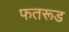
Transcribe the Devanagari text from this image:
फतरूड